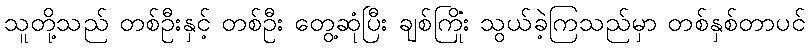
သူတို့သည် တစ်ဦးနှင့် တစ်ဦး တွေ့ဆုံပြီး ချစ်ကြိုံး သွယ်ခဲ့ကြသည်မှာ တစ်နှစ်တာပင်